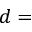
d =